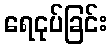
ရေငုပ်ခြင်း